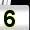
Digit: 5